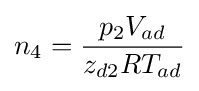
n_{4}={\frac {p_{2}V_{ad}}{z_{d2}RT_{ad}}}